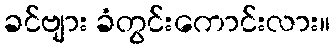
ခင်ဗျား ခံတွင်းကောင်းလား။